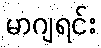
မာဂျရင်း